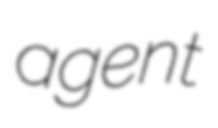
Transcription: agent